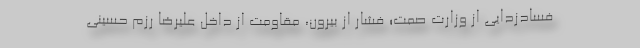
فسادزدایی از وزارت صمت؛ فشار از بیرون، مقاومت از داخل علیرضا رزم حسینی